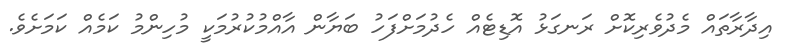
އިދާރާތައް މެދުވެރިކޮށް ރަނގަޅު އޮޑިޓެއް ހެދުމަށްފަހު ބަޔާން އާއްމުކުރުމަކީ މުހިންމު ކަމެއް ކަމަށެވެ.